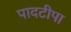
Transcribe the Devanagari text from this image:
पादटीपा